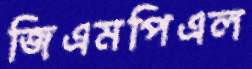
জিএমপিএল